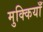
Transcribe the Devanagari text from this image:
मुक्कियाँ